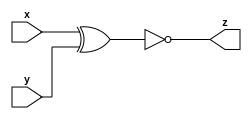
module xnor_gate (x, y, z);
  input x;
  input y;
  output z;
  
  assign z = ~(x^y) ;
  
  
endmodule